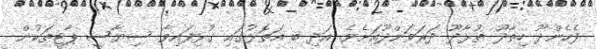
ފެހެންދޫ ހިތާދޫ ތުޅާދޫ ދަރަވަންދޫއަށެވެ. އަދި ބ އަތޮޅުގައި ގުޅިފައިވާ ސިޔާސީ ޕާޓީތަކުން